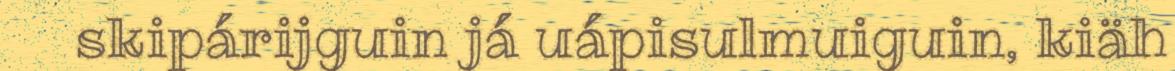
skipárijguin já uápisulmuiguin, kiäh